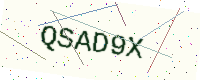
Text: QSAD9X